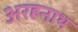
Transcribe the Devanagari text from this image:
अरहनाथ